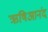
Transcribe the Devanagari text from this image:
ऋषिआनंद